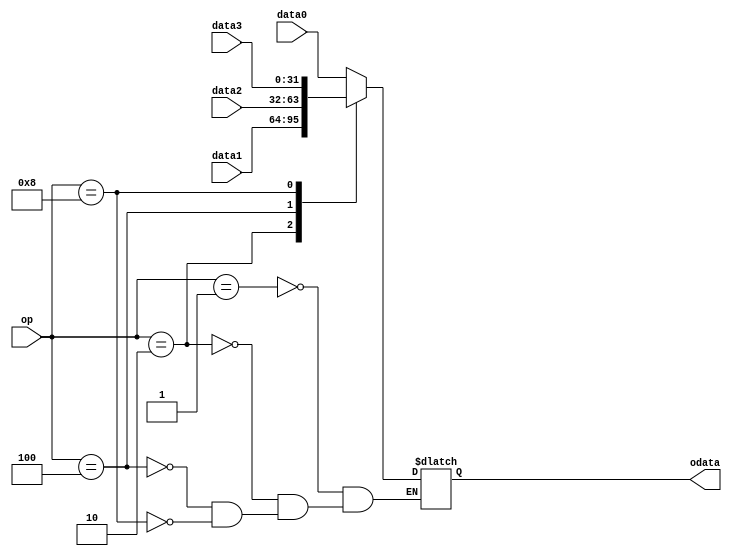
module mux4(
    input [3:0]op,
    input [31:0] data0,
    input [31:0] data1,
    input [31:0] data2,
    input [31:0] data3,
    output reg[31:0]odata
);

always@(*)begin
    case (op)
    4'b0001: odata=data0;
    4'b0010: odata=data1;
    4'b0100: odata=data2;
    4'b1000: odata=data3;
endcase
end
endmodule